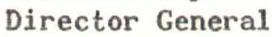
Director General